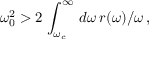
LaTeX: \omega _ { 0 } ^ { 2 } > 2 \, \int _ { \omega _ { c } } ^ { \infty } \, d \omega \, r ( \omega ) / \omega \, ,